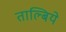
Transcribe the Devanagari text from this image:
ताल्बिये